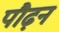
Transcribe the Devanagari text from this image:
पौढ़न